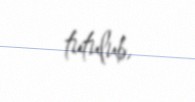
tutulub.